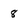
Character: 8